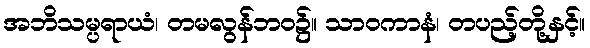
အဘိသမ္ပရာယံ၊ တမလွန်ဘဝ၌။ သာဝကာနံ၊ တပည့်တို့နှင့်။